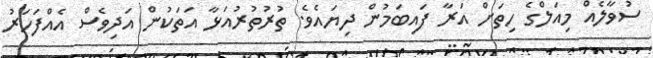
ސުވާލެއް މިއަލްގެ ހިތަށް އަރާ ފައިބަމުން ދިޔައެވެ. ތުރުތުރުއަޅާ އަތަކުން އަދިވެސް އެއްފަހަރު